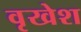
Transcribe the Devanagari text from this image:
वृखेश